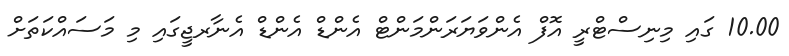
10.00 ގައި މިނިސްޓްރީ އޮފް އެންވަޔަރަންމަންޓް އެންޑް އެންޑް އެނާރޖީގައި މި މަސައްކަތަށް